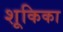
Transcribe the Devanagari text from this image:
शूकिका